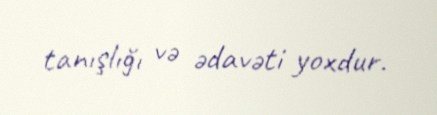
tanışlığı və ədavəti yoxdur.